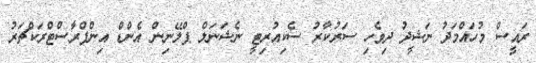
ރައީސް މުހައްމަދު ނަޝީދު ދިވެހި ސަރުކާރު ސެކިއުރިޓީ ނެޝަނަލް ޕްލޭނިން އެންޑް އިންފްރާސްޓްރަކްޗަރު